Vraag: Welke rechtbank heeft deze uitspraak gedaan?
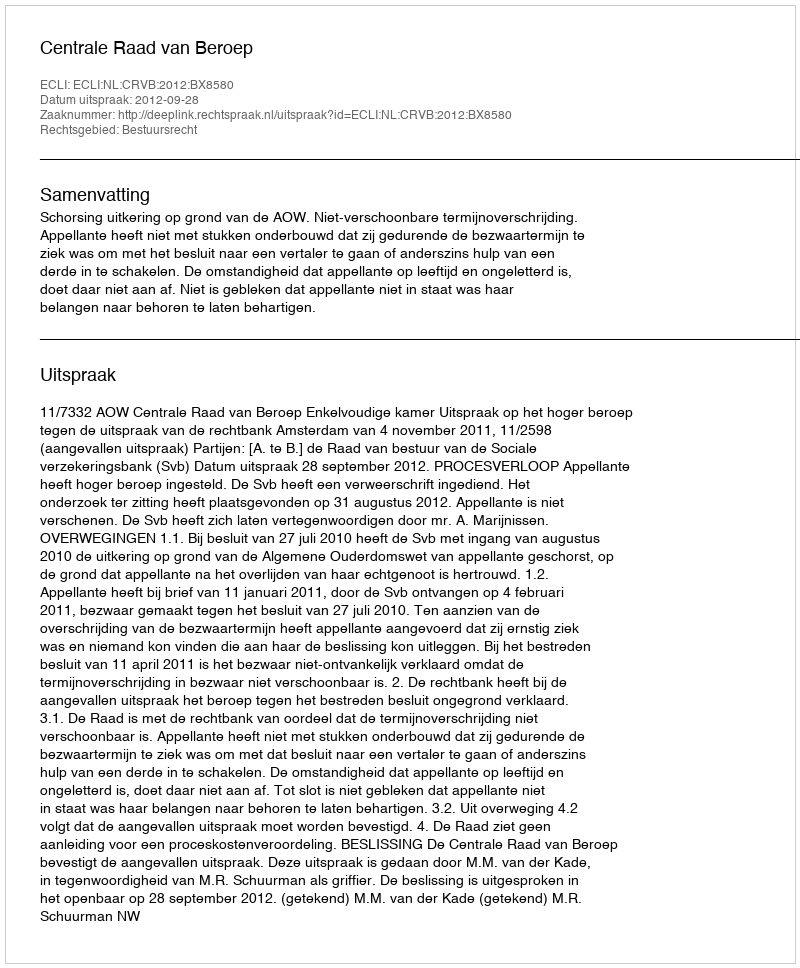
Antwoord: Centrale Raad van Beroep